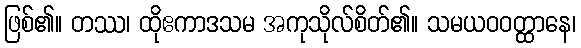
ဖြစ်၏။ တဿ၊ ထိုဧကာဒသမ အကုသိုလ်စိတ်၏။ သမယဝဝတ္ထာနေ၊